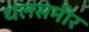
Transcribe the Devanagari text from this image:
थलसमीर